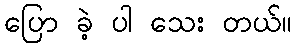
ပြော ခဲ့ ပါ သေး တယ်။